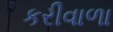
કરીવાળા